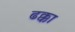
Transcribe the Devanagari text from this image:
ढक्का